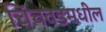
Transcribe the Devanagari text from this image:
चिंचवडमधील